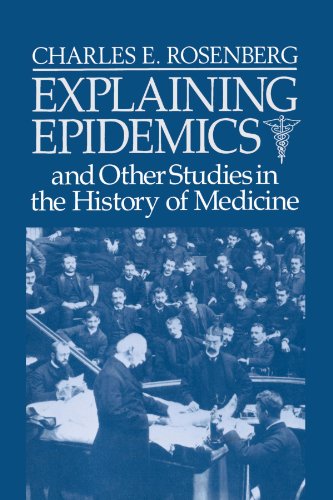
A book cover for Explaining Epidemics: and Other Studies in the History of Medicine; Charles E. Rosenberg; Medical Books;